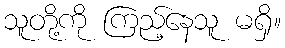
သူတို့ကို ကြည့်နေသူ မရှိ။